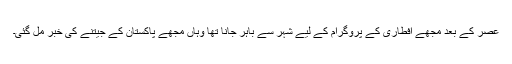
عصر کے بعد مجھے افطاری کے پروگرام کے لیے شہر سے باہر جانا تھا وہاں مجھے پاکستان کے جیتنے کی خبر مل گئی۔